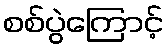
စစ်ပွဲကြောင့်